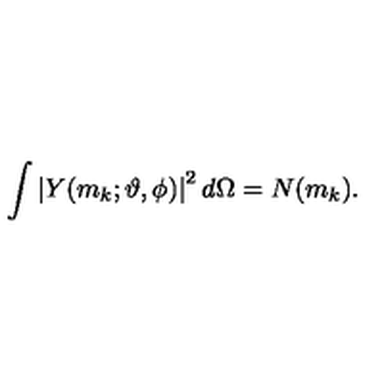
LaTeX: \int \left| Y ( m _ { k } ; \vartheta , \phi ) \right| ^ { 2 } d \Omega = N ( m _ { k } ) .